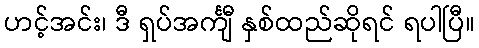
ဟင့်အင်း၊ ဒီ ရှပ်အင်္ကျီ နှစ်ထည်ဆိုရင် ရပါပြီ။